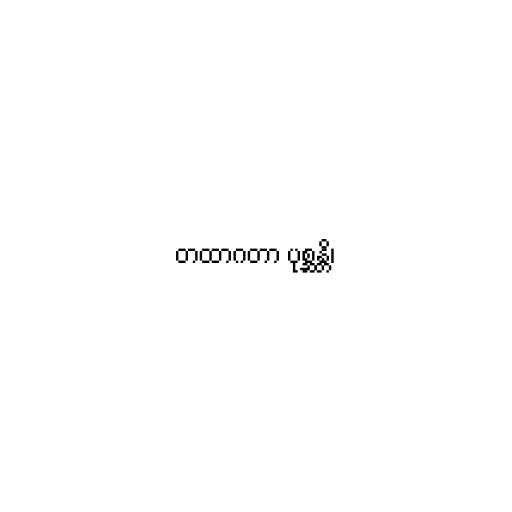
တထာဂတာ ပုစ္ဆန္တိ၊